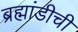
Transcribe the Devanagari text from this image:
ब्रह्मांडीची